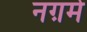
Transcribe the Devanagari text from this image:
नग़मे